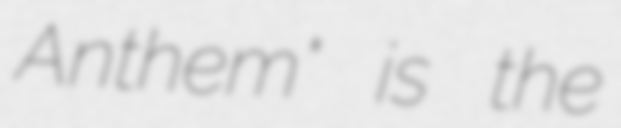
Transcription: Anthem" is the